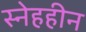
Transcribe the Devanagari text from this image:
स्नेहहीन